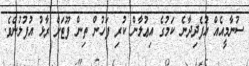
ސުނާމީއެއް އުފެދިދާނެ ކަމުގެ އިޢުލާން ކުރި ފަހުން ތިން ފޫޓަށް ރާޅު އުފުލުނެވެ.